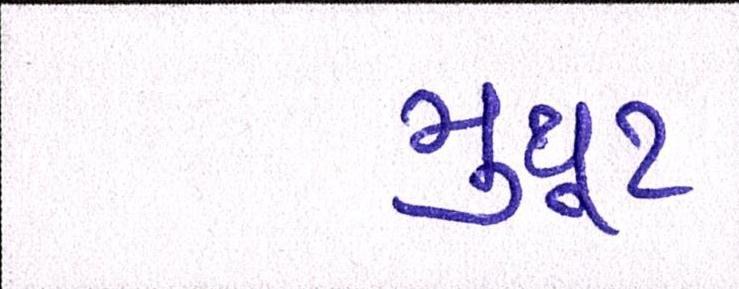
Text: મુથૂટ